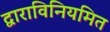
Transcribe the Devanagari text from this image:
द्वाराविनियमित